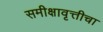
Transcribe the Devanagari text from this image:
समीक्षावृत्तीचा